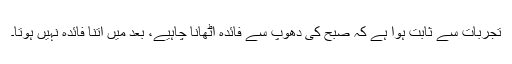
تجربات سے ثابت ہوا ہے کہ صبح کی دھوپ سے فائدہ اٹھانا چاہیے، بعد میں اتنا فائدہ نہیں ہوتا۔